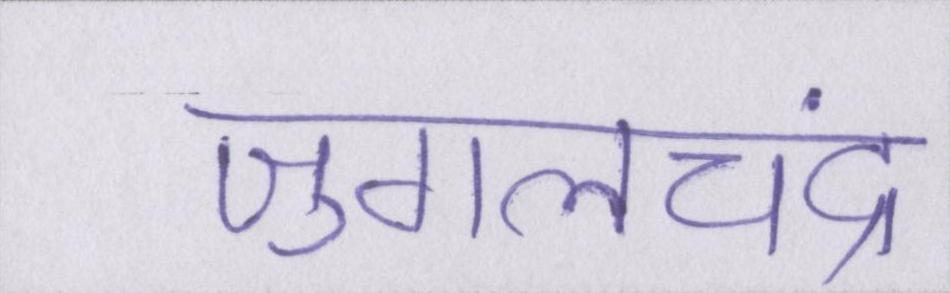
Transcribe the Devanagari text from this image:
जुगलचंद्र